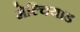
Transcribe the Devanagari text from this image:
मेल्चियाड